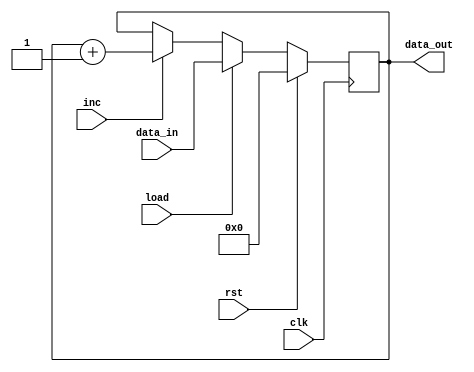
module regPC (clk, rst, load, inc, data_in, data_out);

	input clk, rst, load, inc;
	input [7:0] data_in;
	output reg [7:0] data_out = 8'b00000000;
	
	always @(posedge clk)
	begin
		if (rst) data_out <= 8'b00000000;
		else if (load) data_out <= data_in;
		else if (inc) data_out <= data_out + 8'b00000001;
	end
	
endmodule